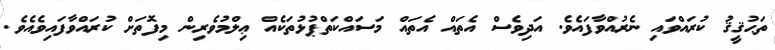
ތަޙުޤީޤު ކުރައްވައި ނެރުއްވާފައެވެ. އަދިވެސް އެތައް އެތައް މަސައްކަތްޕުޅުތަކެއް ޢިލްމުވެރިން މިފޮތަށް ކުރައްވާފައިވެއެވެ.